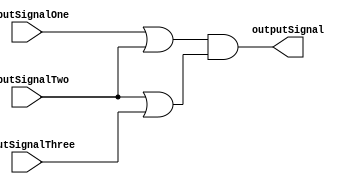
/**************************************************************************************************
*                  <2019> Interceptor
*          Please refer to license.txt for the 
*          legal contents of this software build
***************************************************************************************************
*Project:          Verilog Modules
*Description:      This file takes three inputs, then OR's them, then outputs the AND output of them
***************************************************************************************************
*Change History:
*   Version        Date            Author          Description
*   -------        ----            ------          -----------
*   1.0            29/01/18        Rubber-Duck-999 Creation of file
*
***************************************************************************************************
*Logic table:
*   Input 1  |     Input 2    |     Input 3    |    Output
*   -----    |     -----      |     -----      |    ------
*     0      |       0        |       0        |       0
*     0      |       1        |       1        |       1
*     1      |       0        |       0        |       1
*     1      |       1        |       1        |       1
*
***************************************************************************************************
*Parameters:
*   Name             Direction       Description
*   ----             ---------       ----
*   inputSignalOne   Input           This is the first input signal
*   inputSignalTwo   Input           This is the second input signal
*   inputSignalThree Input           This is the third input signal
*   outputSignal     Output          This is the output boolean signal 
*
***************************************************************************************************/
module NOR
(
    inputSignalOne,
    inputSignalTwo,
	inputSignalThree,
    outputSignal
);

input  inputSignalOne;
input  inputSignalTwo;
input  inputSignalThree;

output outputSignal;

wire   intermediateSignalOne;
wire   intermediateSignalTwo;

assign intermediateSignalOne = (inputSignalOne | inputSignalTwo);
assign intermediateSignalTwo = (inputSignalTwo | inputSignalThree);

assign outputSignal = (intermediateSignalOne & intermediateSignalTwo);

endmodule